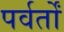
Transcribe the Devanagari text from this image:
पर्वर्तों